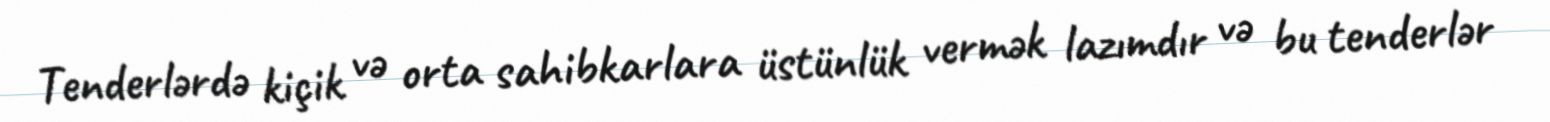
Tenderlərdə kiçik və orta sahibkarlara üstünlük vermək lazımdır və bu tenderlər